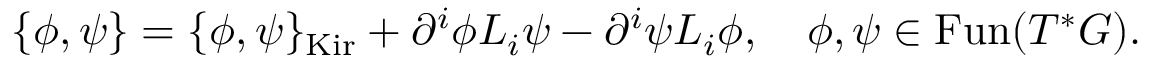
\{ \phi , \psi \} = \{ \phi , \psi \} _ { \mathrm { K i r } } + \partial ^ { i } \phi L _ { i } \psi - \partial ^ { i } \psi L _ { i } \phi , ~ ~ ~ \phi , \psi \in \mathrm { F u n } ( T ^ { * } G ) .